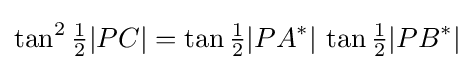
\tan ^{2}{\tfrac {1}{2}}|PC|=\tan {\tfrac {1}{2}}|PA^{*}|\,\tan {\tfrac {1}{2}}|PB^{*}|